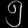
Digit: ၅